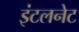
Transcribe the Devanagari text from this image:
इंटलनेट